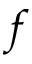
f